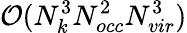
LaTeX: \mathcal{O}(N_{k}^{3}N_{occ}^{2}N_{vir}^{3})